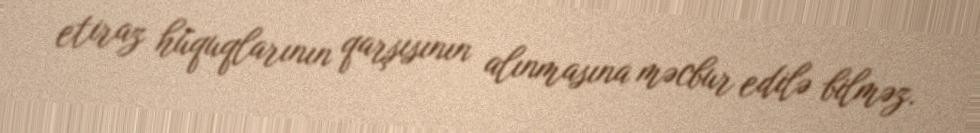
etiraz hüquqlarının qarşısının alınmasına məcbur edilə bilməz.